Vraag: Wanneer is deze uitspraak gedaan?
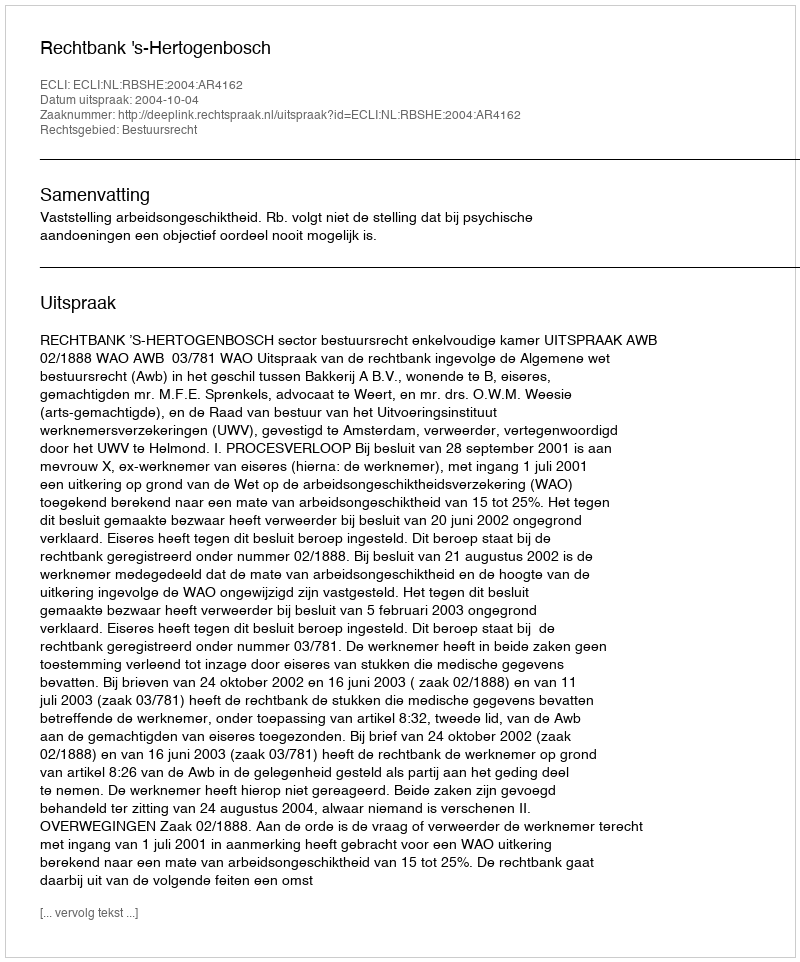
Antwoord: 2004-10-04